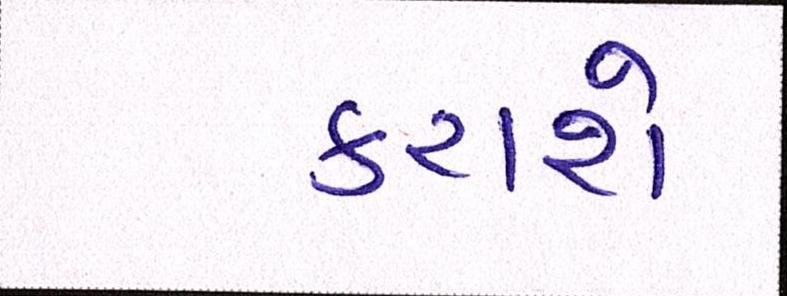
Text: કરાશે